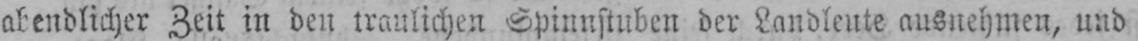
abendlicher Zeit in den traulichen Spinnstuben der Landleute ausnehmen, und